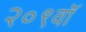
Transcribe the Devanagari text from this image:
२०९वॉ